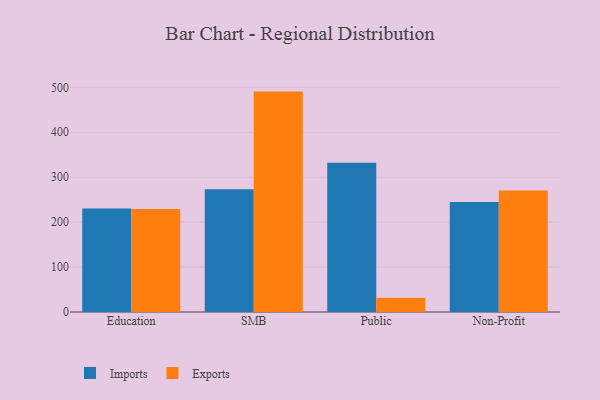
{"axis": {"x": "Segment", "y": "Gross Profit (USD K)"}, "legend": ["Exports", "Imports"], "data": [{"x": "Education", "y": 230.1, "type": "Imports"}, {"x": "Education", "y": 229.0, "type": "Exports"}, {"x": "SMB", "y": 273.2, "type": "Imports"}, {"x": "SMB", "y": 490.5, "type": "Exports"}, {"x": "Public", "y": 332.1, "type": "Imports"}, {"x": "Public", "y": 31.6, "type": "Exports"}, {"x": "Non-Profit", "y": 244.9, "type": "Imports"}, {"x": "Non-Profit", "y": 270.2, "type": "Exports"}]}